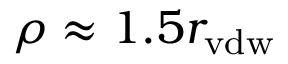
\rho \approx 1 . 5 r _ { \mathrm { v d w } }